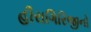
હીરાગિરિજીનો